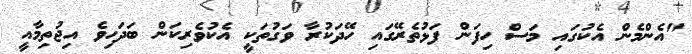
"އެންމެން އެކުގައި މަސް ހިފަން ފަޅުތެރޭގައި ހޭދަކުރާ ވަގުތަކީ އެކުވެރިކަން ބަދަހިވެ އިޖުތިމާއީ